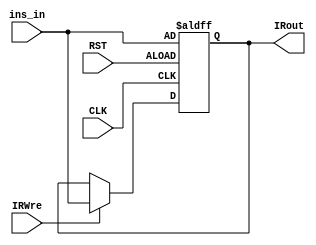
 `timescale 1ns / 1ps
 //
 module IR(
    input[31:0] ins_in,
    input IRWre, //0IR 1IR
    //
    // IR 
    //
    input CLK,
    input RST,
    output reg[31:0] IRout
 );
    always@(posedge CLK or negedge RST)begin
        if(RST==0) IRout<=ins_in; //0 PC 
        else if(IRWre) IRout<=ins_in;
    end 
 endmodule